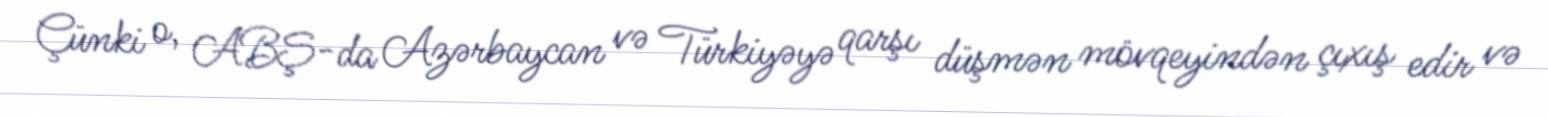
Çünki o, ABŞ-da Azərbaycan və Türkiyəyə qarşı düşmən mövqeyindən çıxış edir və